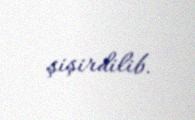
şişirdilib.